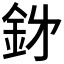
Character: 𮡪